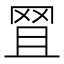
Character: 𦊩